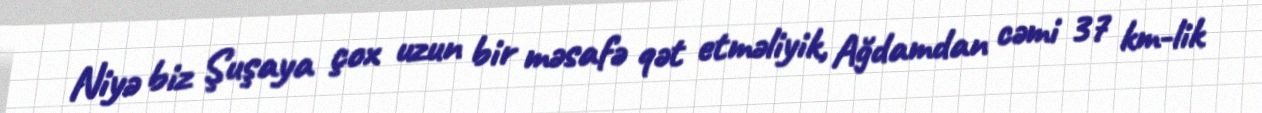
Niyə biz Şuşaya çox uzun bir məsafə qət etməliyik, Ağdamdan cəmi 37 km-lik